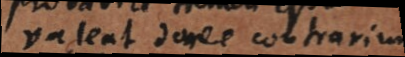
valeat donec contrarium